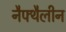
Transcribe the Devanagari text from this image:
नैफ्थैलीन